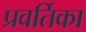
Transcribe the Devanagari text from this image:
प्रवर्तिका